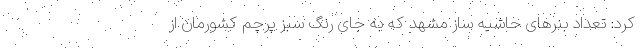
کرد: تعداد بنرهای حاشیه ساز مشهد که به جای رنگ سبز پرچم کشورمان از